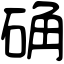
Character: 确